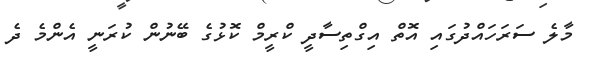
މާލެ ސަރަހައްދުގައި އޮތް އިގްތިސާދީ ކްރީމް ކޮޅުގެ ބޭނުން ކުރަނީ އެންމެ ދެ